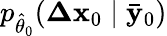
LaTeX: p_{\hat{\theta}_{0}}(\mathbf{\Delta x}_{0}\mid\mathbf{\bar{y}}_{0})